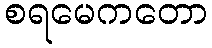
စရမေကတော